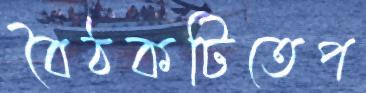
বৈঠকটিতেপ